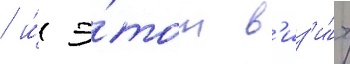
/ и́ э́тот в'из'и́т